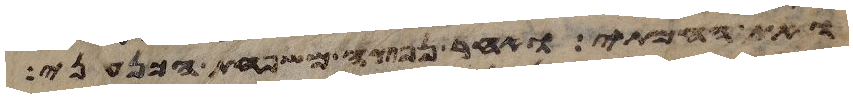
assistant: ואת החמתי ואחר נפצה משפחת הכנעני